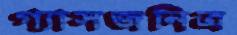
গ্যাসজনিত্র